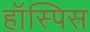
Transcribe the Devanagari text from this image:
हॉस्पिस